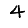
Digit: 4